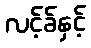
လင့်ခ်နှင့်